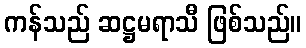
ကန်သည် ဆဋ္ဌမရာသီ ဖြစ်သည်။